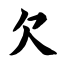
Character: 欠